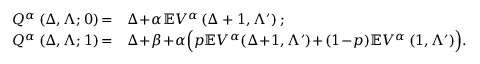
\begin{array} { r l } { Q ^ { \alpha } \left( \Delta , \Lambda ; 0 \right) \! = } & { \Delta \! + \! \alpha \mathbb { E } V ^ { \alpha } \left( \Delta + 1 , \Lambda ^ { \prime } \right) ; } \\ { Q ^ { \alpha } \left( \Delta , \Lambda ; 1 \right) \! = } & { \Delta \! + \! \beta \! + \! \alpha \Big ( p \mathbb { E } V ^ { \alpha } \! \left( \Delta \! + \! 1 , \Lambda ^ { \prime } \right) \! + \! ( 1 \! - \! p ) \mathbb { E } V ^ { \alpha } \left( 1 , \Lambda ^ { \prime } \right) \! \Big ) . } \end{array}